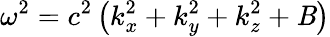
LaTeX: \omega^{2}=c^{2}\left(k_{x}^{2}+k_{y}^{2}+k_{z}^{2}+\mathit{B}\right)